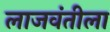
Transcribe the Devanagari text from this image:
लाजवंतीला